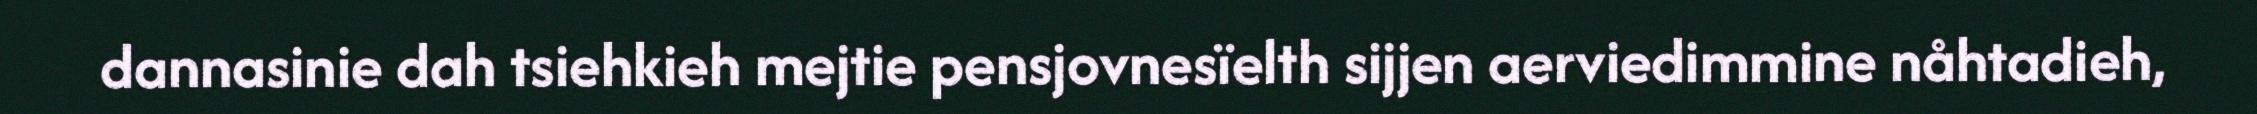
dannasinie dah tsiehkieh mejtie pensjovnesïelth sijjen aerviedimmine nåhtadieh,